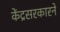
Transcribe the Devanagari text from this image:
केंद्रसरकारने